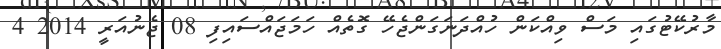
މާރުކޭޓުގައި މަސް ވިއްކަން ހުއްދަނަގަންޖެހޭ ގޮތެއް ހަމަޖައްސައިފި 08 ޖެނުއަރީ 2014 4